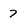
Character: 7